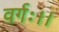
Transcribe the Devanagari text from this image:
वर्गः।।